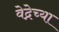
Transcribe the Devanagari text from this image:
वेद्नेच्या